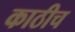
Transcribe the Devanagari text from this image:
काठीच